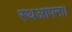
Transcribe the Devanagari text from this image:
स्थआपना।